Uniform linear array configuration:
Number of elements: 8
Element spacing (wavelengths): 0.75
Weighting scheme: hann
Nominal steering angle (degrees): -15
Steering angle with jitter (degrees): -16.364
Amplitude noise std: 0.05
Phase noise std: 0.05

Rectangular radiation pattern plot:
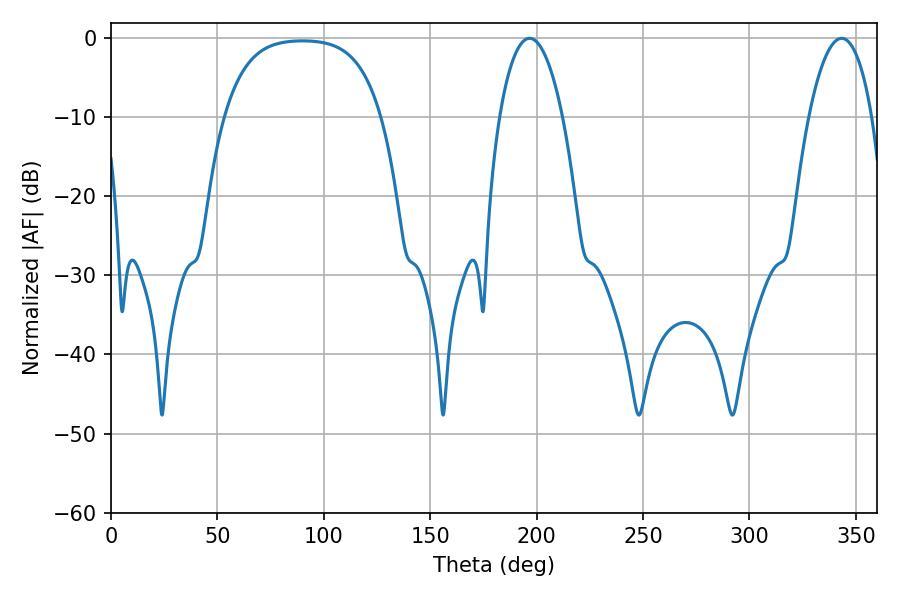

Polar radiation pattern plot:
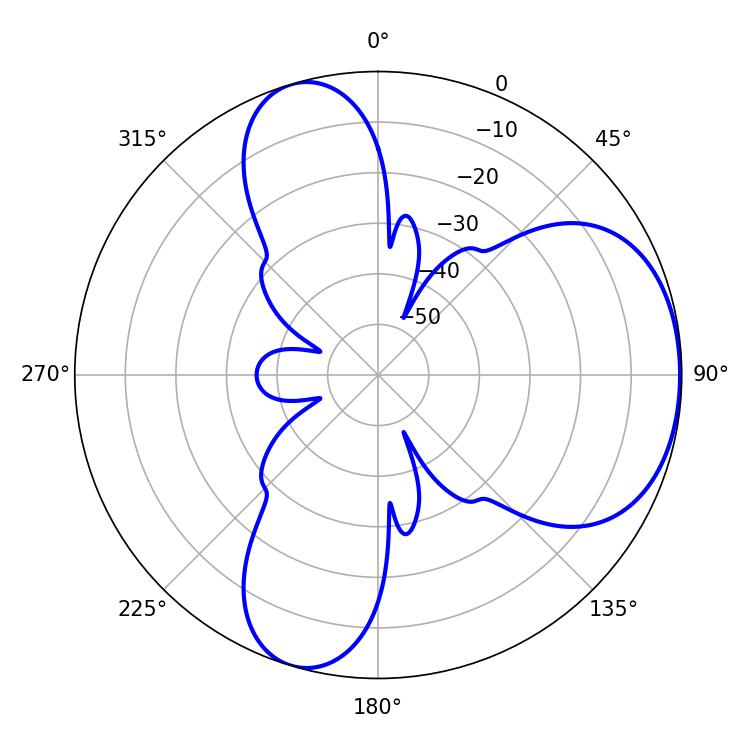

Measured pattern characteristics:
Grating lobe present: TRUE
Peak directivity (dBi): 5.157
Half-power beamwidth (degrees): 16.56
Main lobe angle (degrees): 343.26